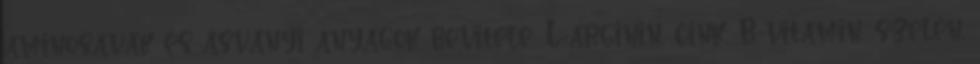
aminosavak és ásványi anyagok bevitele: L-arginin, cink, B-vitamin, szelén,